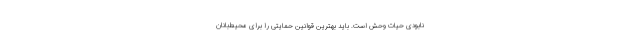
نابودی حیات وحش است. باید بهترین قوانین حمایتی را برای محیط‌بانان